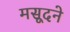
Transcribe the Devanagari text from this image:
मसूदने